Indian journal of veterinary science and animal husbandry - Volume 2,
Year: 1932
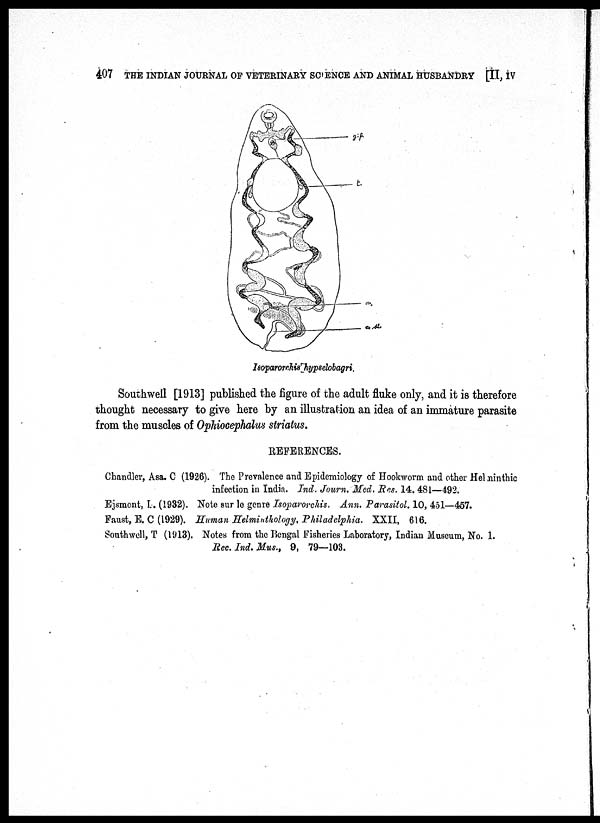
407 THE INDIAN JOURNAL OF VETERINARY SCIENCE AND ANIMAL HUSBANDRY [II, IV
Isoparorchis hypselobagri.
Southwell [1913] published the figure of the adult fluke only, and it is therefore
thought necessary to give here by an illustration an idea of an immature parasite
from the muscles of Ophiocephalus striatus.
REFERENCES.
Chandler, Asa. C (1926). The Prevalence and Epidemiology of Hookworm and other Helminthic
infection in India. Ind. Journ. Med. Res. 14, 481—492.
Ejsmont, I. (1932). Note sur le genre Isoparorchis. Ann. Parasitol. 10, 451—457.
Faust, E. C (1929). Human Helminthology, Philadelphia. XXII, 616.
Southwell, T (1913). Notes from the Bengal Fisheries Laboratory, Indian Museum, No. 1.
Rec. Ind. Mus., 9, 79—103.